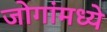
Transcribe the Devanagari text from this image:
जोगांमध्ये